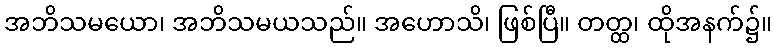
အဘိသမယော၊ အဘိသမယသည်။ အဟောသိ၊ ဖြစ်ပြီ။ တတ္ထ၊ ထိုအနက်၌။